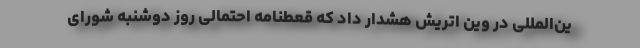
ین‌المللی در وین اتریش هشدار داد که قعطنامه احتمالی روز دوشنبه شورای